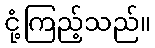
ငုံ့ကြည့်သည်။